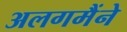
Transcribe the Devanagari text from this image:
अलगमैंने